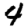
Digit: 4